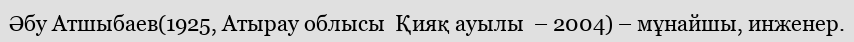
Әбу Атшыбаев(1925, Атырау облысы  Қияқ ауылы  – 2004) – мұнайшы, инженер.